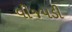
વીજપડી